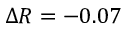
\Delta R = - 0 . 0 7